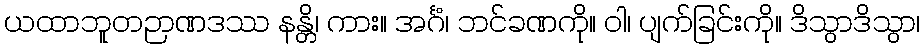
ယထာဘူတဉာဏဒဿ နန္တိ၊ ကား။ အင်္ဂံ၊ ဘင်ခဏကို။ ဝါ၊ ပျက်ခြင်းကို။ ဒိသွာဒိသွာ၊